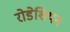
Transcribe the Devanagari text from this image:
रोडेशियन